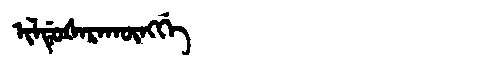
Manchu: ᡳᠯᡩᡠᡧᠠᡵᠠᡴᡡᠩᡤᡝ
Romanization: ILDUŠARAKŪNGGE